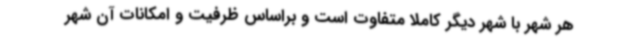
هر شهر با شهر دیگر کاملا متفاوت است و براساس ظرفیت و امکانات آن شهر